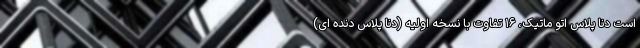
است دنا پلاس اتو ماتیک، ۱۶ تفاوت با نسخه اولیه (دنا پلاس دنده ای)